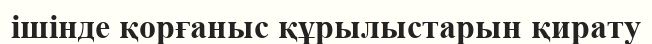
ішінде қорғаныс құрылыстарын қирату